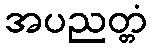
အပညတ္တံ